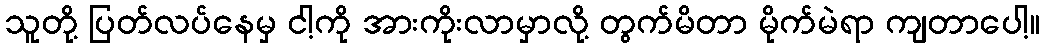
သူတို့ ပြတ်လပ်နေမှ ငါ့ကို အားကိုးလာမှာလို့ တွက်မိတာ မိုက်မဲရာ ကျတာပေါ့။